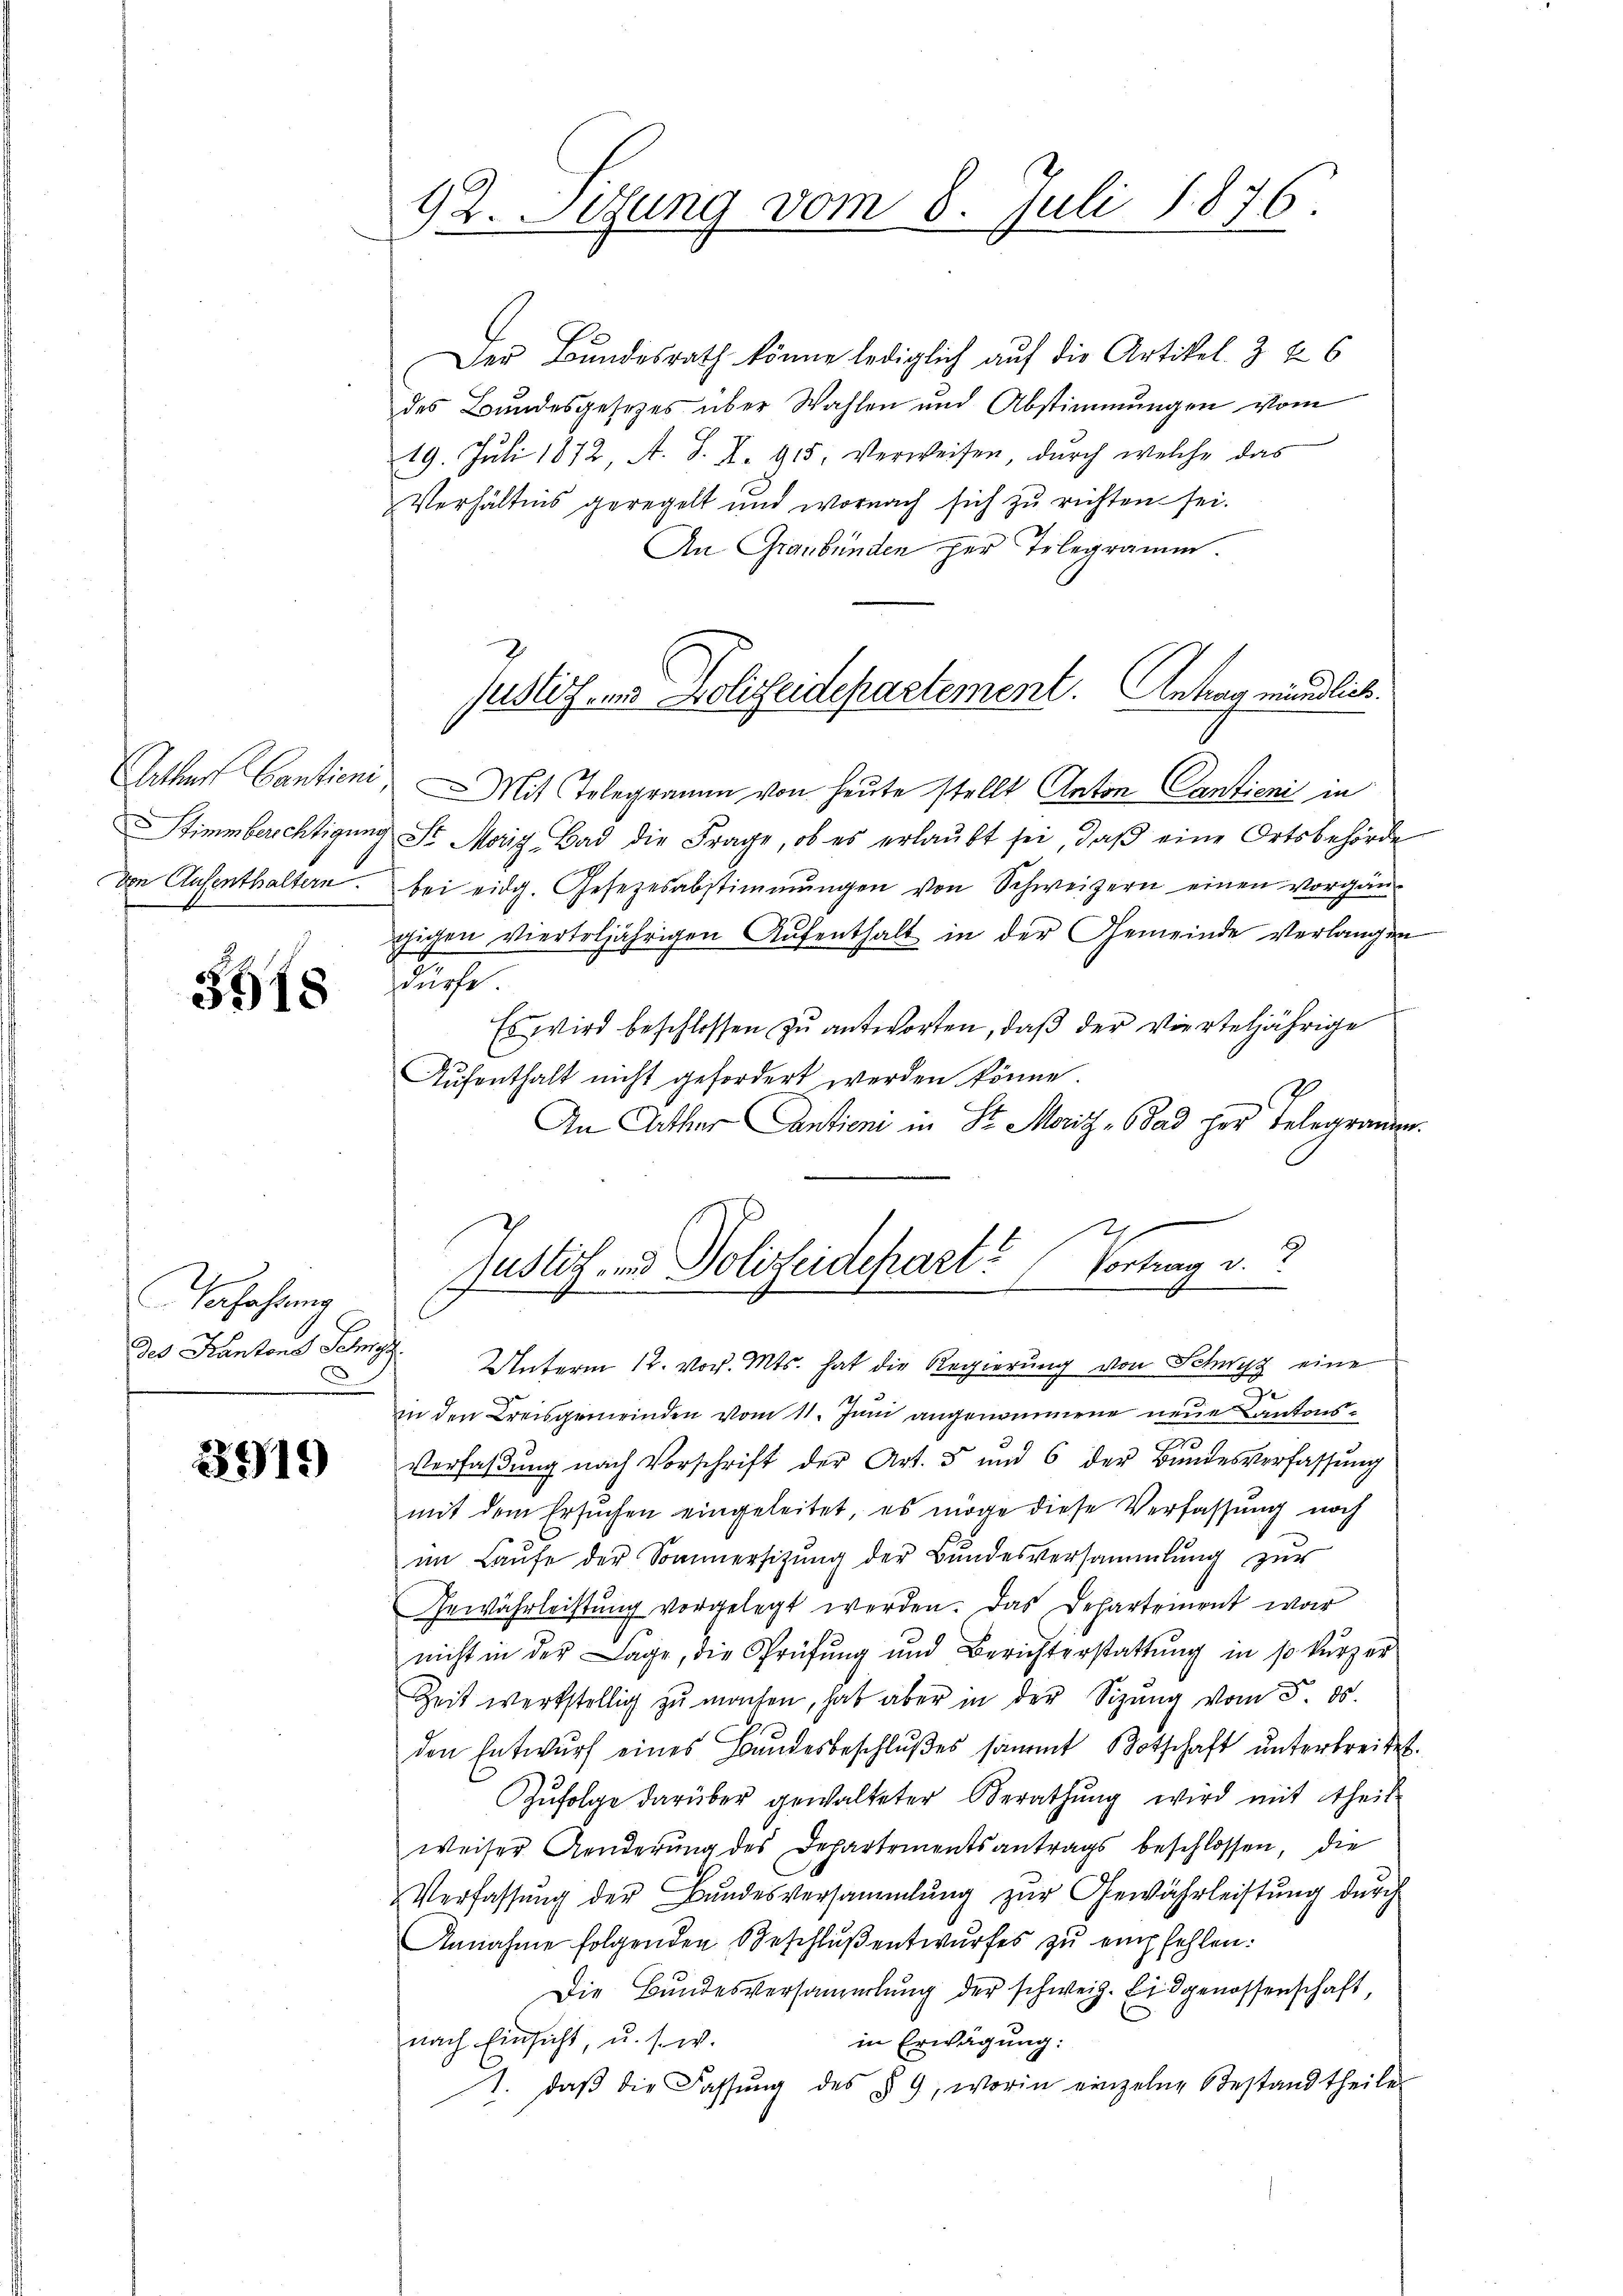
Anther Cantiene
Stimmberichtigun
von Aufenthaltern.

3518

afahrung
des Kantons Schnet.
.

22919

92. Setzung vom 8. Juli 1876.

Der Bundesrath könne lediglich auf die Artikel. 3 f. 6
des Bundesgesetzes über Wahlen und Abstimmungen vom
19. Juli 1872, A. S. X. 915. Verweisen, durch welche das
Verhältnis geregelt und wornach sich zu richten sei.
An Graubünden her Telegramm.
Mit Telegramm von heute stellt Anton Cantieni in
St Marig, Bad die Frage, ob es erlaŭbt sei, daβ eine Ortsbehörde
bei eidg. Gesezesabstimmungen von Schweizern einen vorgän-
gigen vierteljährigen Aŭfenthalt in der Gemeinde Verlangen
s
Es wird beschlossen zu antworten, daß der vierteljährige
Aufenthalt nicht gefordert werden könne
A
In Arthur Cantien in Sr. Moritz - Bad her Telegrammen
2
Vortrag d. 2
Justiz- und Polizeidepart
m
Unterm 12. vor. Mts. hat die Regierung von Schwyz eine
2)
in den Kreisgemeinden vom 11. Juni angenommene neue Kantons¬
Vorfaβŭng nach Vorschrift der Art. 5 und 6 der Bŭndesverfassŭng
mit dem Ersuchen eingeleitet, es möge diese Verfassung noch
im Laŭfe der Sommersitzŭng der Bundesversammlung zur
Gewährleistung vorgelegt werden. Das Departement war
nicht in der Lage, die Prüfung und Berichterstattŭng in so kurzer
Zeit werkstellig zu machen, hab aber in der Sizung vom 5. ds.
den Entwŭrf eines Bundesbeschlŭβes sammt Botschaft ŭnterbreitet.
Zŭfolge darüber gewalteter Berathung wird mit theil
weiser Aenderŭng des Departementsantrags beschlossen, die
Verfassung der Bundesversammlung zur Gewährleistung durch
Annahme folgenden Beschluß entwurfes zu empfehlen.
Die Bundesversammlung der schweiz. Eidgenossenschaft,
nach Einsicht, u. s. w.
in Erwägung:
1. daβ die Fassŭng des § 9, worin einzelne Bestandtheile

sestitz- und Polizeidepartement. Antrag mündlich.